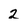
Character: 2